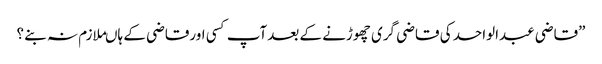
”قاضی عبدالواحد کی قاضی گری چھوڑنے کے بعدآپ کسی اورقاضی کے ہاںملازم نہ بنے ؟